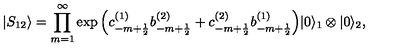
| S _ { 1 2 } \rangle = \prod _ { m = 1 } ^ { \infty } \exp { \left( c _ { - m + \frac { 1 } { 2 } } ^ { ( 1 ) } b _ { - m + \frac { 1 } { 2 } } ^ { ( 2 ) } + c _ { - m + \frac { 1 } { 2 } } ^ { ( 2 ) } b _ { - m + \frac { 1 } { 2 } } ^ { ( 1 ) } \right) } | 0 \rangle _ { 1 } \otimes | 0 \rangle _ { 2 } ,